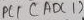
Text: PC1 (ADC1)